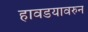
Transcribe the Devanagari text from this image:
हावडयावरुन